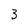
Character: 3